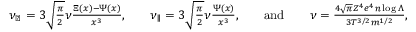
\begin{array} { r l r l r l r } { \nu _ { \perp } = 3 \sqrt { \frac { \pi } { 2 } } \nu \frac { \Xi ( x ) - \Psi ( x ) } { x ^ { 3 } } , } & { } & { \nu _ { \parallel } = 3 \sqrt { \frac { \pi } { 2 } } \nu \frac { \Psi ( x ) } { x ^ { 3 } } , } & { } & { \mathrm { a n d } } & { } & { \nu = \frac { 4 \sqrt { \pi } Z ^ { 4 } e ^ { 4 } n \log \Lambda } { 3 T ^ { 3 / 2 } m ^ { 1 / 2 } } , } \end{array}